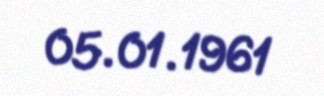
05.01.1961